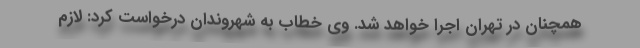
همچنان در تهران اجرا خواهد شد. وی خطاب به شهروندان درخواست کرد: لازم